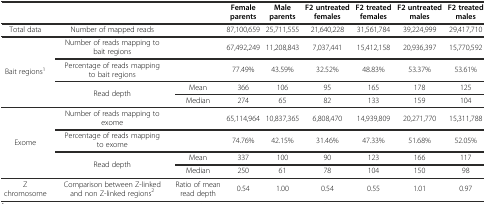
<table><thead><tr><td></td><td></td><td></td><td><b>Female parents</b></td><td><b>Male parents</b></td><td><b>F2 untreated females</b></td><td><b>F2 treated females</b></td><td><b>F2 untreated males</b></td><td><b>F2 treated males</b></td></tr></thead><tbody><tr><td>Total data</td><td>Number of mapped reads</td><td></td><td>87,100,659</td><td>25,711,555</td><td>21,640,228</td><td>31,561,784</td><td>39,224,999</td><td>29,417,710</td></tr><tr><td rowspan="4">Bait regions<sup>1</sup></td><td>Number of reads mapping to bait regions</td><td></td><td>67,492,249</td><td>11,208,843</td><td>7,037,441</td><td>15,412,158</td><td>20,936,397</td><td>15,770,592</td></tr><tr><td>Percentage of reads mapping to bait regions</td><td></td><td>77.49%</td><td>43.59%</td><td>32.52%</td><td>48.83%</td><td>53.37%</td><td>53.61%</td></tr><tr><td rowspan="2">Read depth</td><td>Mean</td><td>366</td><td>106</td><td>95</td><td>165</td><td>178</td><td>125</td></tr><tr><td>Median</td><td>274</td><td>65</td><td>82</td><td>133</td><td>159</td><td>104</td></tr><tr><td rowspan="4">Exome</td><td>Number of reads mapping to exome</td><td></td><td>65,114,964</td><td>10,837,365</td><td>6,808,470</td><td>14,939,809</td><td>20,271,770</td><td>15,311,788</td></tr><tr><td>Percentage of reads mapping to exome</td><td></td><td>74.76%</td><td>42.15%</td><td>31.46%</td><td>47.33%</td><td>51.68%</td><td>52.05%</td></tr><tr><td rowspan="2">Read depth</td><td>Mean</td><td>337</td><td>100</td><td>90</td><td>123</td><td>166</td><td>117</td></tr><tr><td>Median</td><td>250</td><td>61</td><td>78</td><td>104</td><td>150</td><td>98</td></tr><tr><td>Z chromosome</td><td>Comparison between Z-linked and non Z-linked regions<sup>2</sup></td><td>Ratio of mean read depth</td><td>0.54</td><td>1.00</td><td>0.54</td><td>0.55</td><td>1.01</td><td>0.97</td></tr></tbody></table>